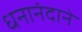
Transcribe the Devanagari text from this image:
धनानंदाने